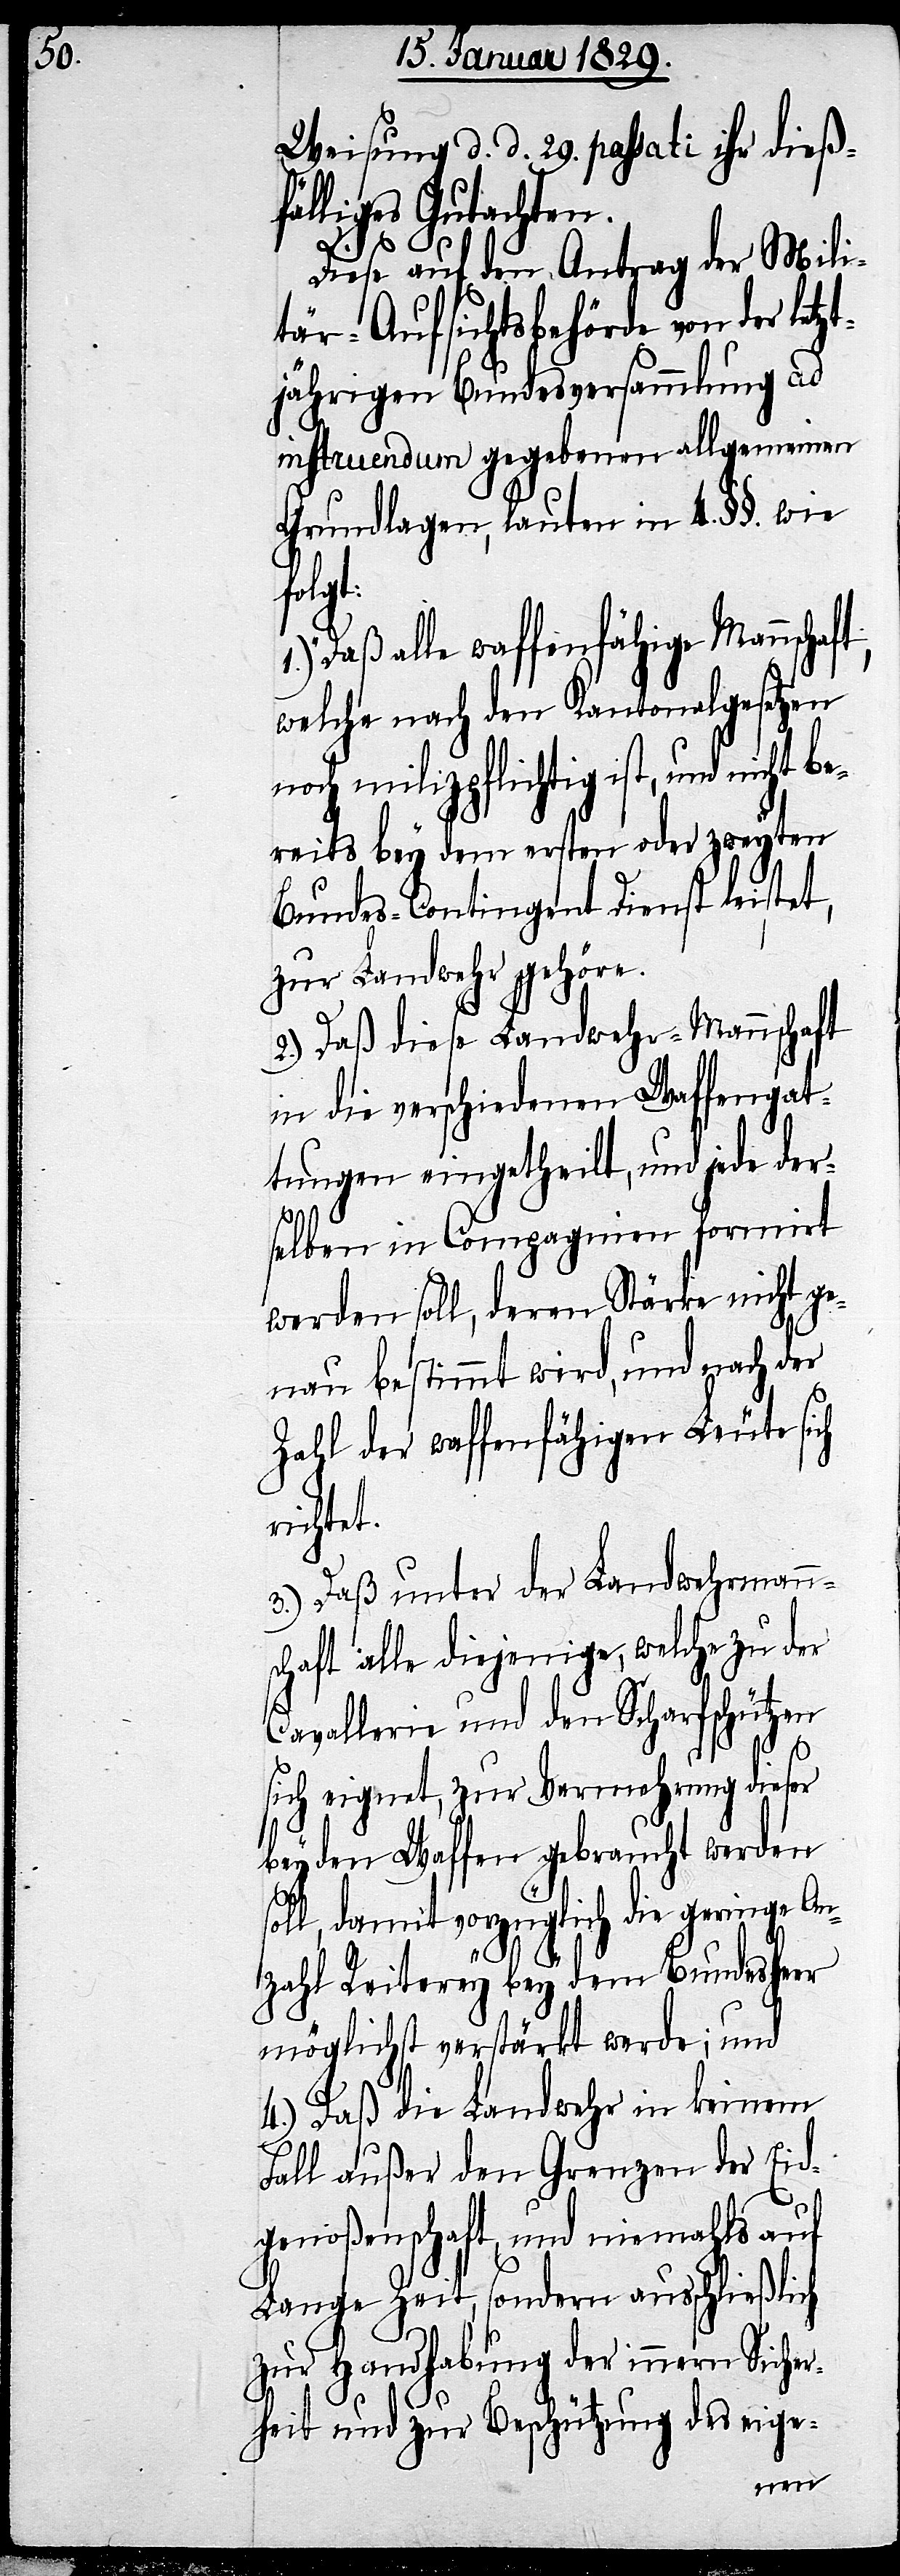
Weisung d. d. 29. passati ihr dieß¬
fälliges Gutachten.
Diese auf den Antrag der Mili¬
tär-Aufsichtsbehörde von der let¬
jährigen Bundesversammlung ad
instruendum gegebenen allgemeinen
Grundlagen, lauten in 4. §§. wie
icht
„Daß alle waffenfähige Mannschaft,
welche nach den Kantonalgesetzen
noch milizpflichtig ist, und n¬
bereits bey dem ersten oder zweyten
Bundes-Contingent Dienst leistet,
zur Landwehr gehöre.
2.) Daß diese Landwehr-Mannschaft
in die verschiedenen Waffengat¬
tungen eingetheilt, und jede der¬
selben in Compagnien formirt
werden soll, deren Stärke nicht ge¬
nau bestimmt wird, und nach der
Zahl der waffenfähigen Leute sich
richtet.
3.) Daß unter der Landwehrmann¬
schaft alle diejenige, welche zu der
Cavallerie und den Scharfschützen
sich eignet, zur Vermehrung dieser
beyden Waffen gebraucht werden
soll, damit vorzüglich die geringe An¬
zahl Reiterey bey dem Bundesheer
möglichst verstärkt werde; und
4.) Daß die Landwehr in keinem
Fall außer den Grenzen der Eid¬
genoßenschaft und niemahls auf
Lange Zeit, sondern ausschließlich
zur Handhabung der innern Sicher¬
heit und zur Beschützung des eige-